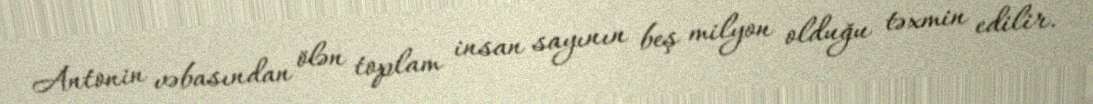
Antonin vəbasından ölən toplam insan sayının beş milyon olduğu təxmin edilir.